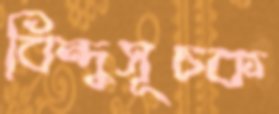
বিন্দুসূচক